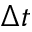
\Delta t